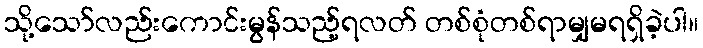
သို့သော်လည်းကောင်းမွန်သည့်ရလတ် တစ်စုံတစ်ရာမျှမရရှိခဲ့ပါ။